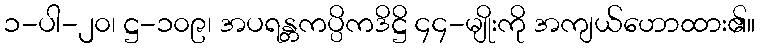
၁-ပါ-၂၀၊ ဋ္ဌ-၁၀၉၊ အပရန္တကပ္ပိကဒိဋ္ဌိ ၄၄-မျိုးကို အကျယ်ဟောထား၏။